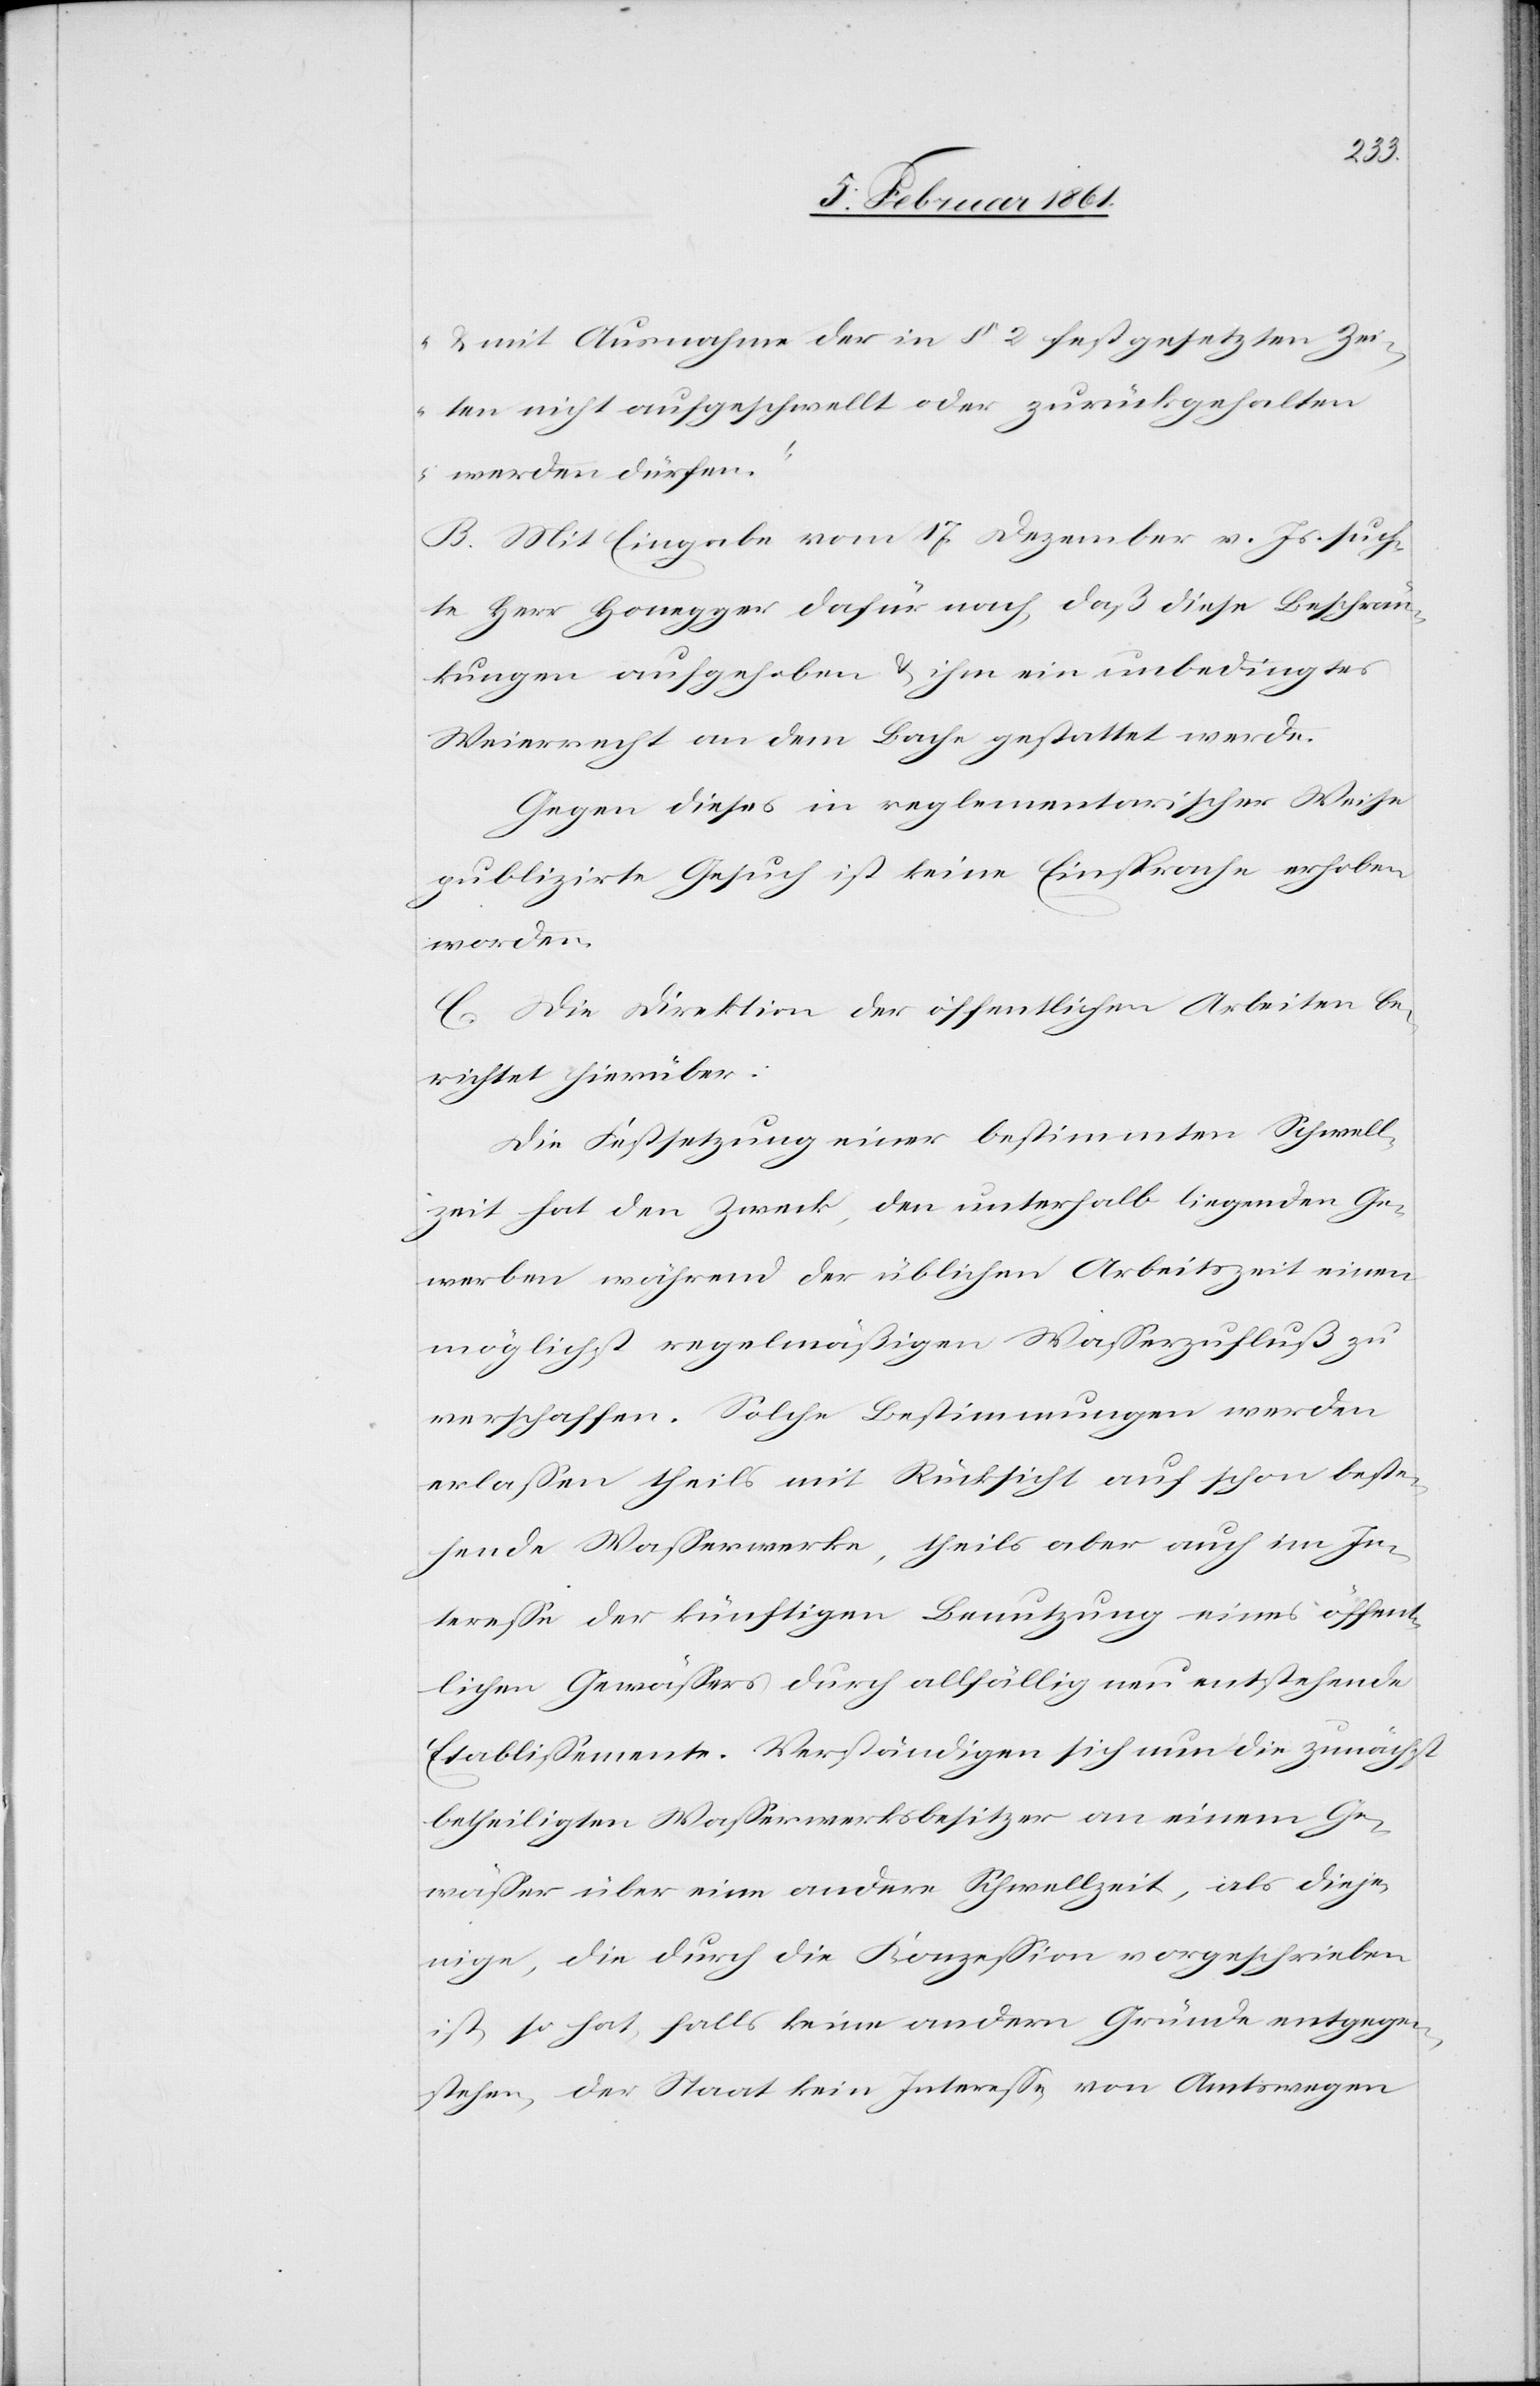
u. mit Ausnahme der in § 2 festgesetzten Zei¬
ten nicht aufgeschwellt oder zurückgehalten
werden dürfen.“
B. Mit Eingabe vom 17. Dezember v. Js. such¬
te Herr Honegger dafür nach, daß diese Beschrän¬
kungen aufgehoben u. ihm ein unbedingtes
Weierrecht an dem Bache gestattet werde.
Gegen dieses in reglementarischer Weise
publizirte Gesuch ist keine Einsprache erhoben
worden.
C. Die Direktion der öffentlichen Arbeiten be¬
richtet hierüber:
Die Festsetzung einer bestimmten Schwell¬
zeit hat den Zweck, den unterhalb liegenden Ge¬
werben während der üblichen Arbeitszeit einen
möglichst regelmäßigen Wasserzufluß zu
verschaffen. Solche Bestimmungen werden
erlassen, theils mit Rücksicht auf schon beste¬
hende Wasserwerke, theils aber auch im In¬
teresse der künftigen Benutzung eines öffent¬
lichen Gewässers durch allfällig neu entstehende
Etablissemente. Verständigen sich nun die zunächst
betheiligten Wasserwerksbesitzer an einem Ge¬
wässer über eine andere Schwellzeit, als dieje¬
nige, die durch die Konzession vorgeschrieben
ist, so hat, falls keine andern Gründe entgegen¬
stehen, der Staat kein Interesse, von Amtswegen